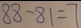
8 8 - 8 1 = 7